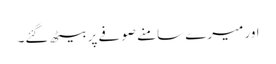
اور میرے سامنے صوفے پر بیٹھ گئے۔